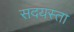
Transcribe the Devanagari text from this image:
सदयस्ता